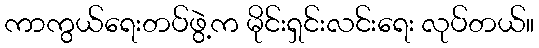
ကာကွယ်ရေးတပ်ဖွဲ့က မိုင်းရှင်းလင်းရေး လုပ်တယ်။